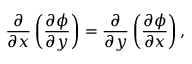
\frac { \partial } { \partial x } \left( \frac { \partial \phi } { \partial y } \right) = \frac { \partial } { \partial y } \left( \frac { \partial \phi } { \partial x } \right) ,